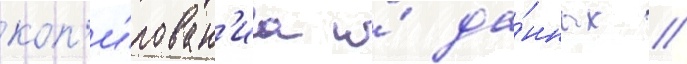
коп'и́рован'иа и́ да́нных //